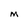
Character: M